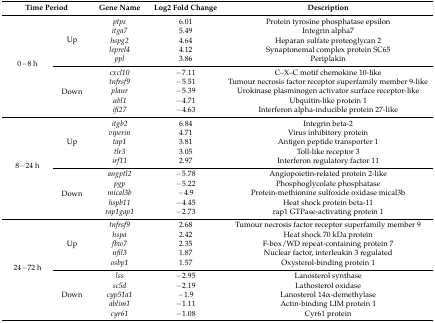
| <COLSPAN=2> Time Period | Gene Name | Log2 Fold Change | Description |
 | --- | --- | --- | --- | --- |
 | <ROWSPAN=10> 0−8 h | <ROWSPAN=5> Up | ptpε | 6.01 | Protein tyrosine phosphatase epsilon |
 | itga7 | 5.49 | Integrin alpha7 |
 | hspg2 | 4.64 | Heparan sulfate proteoglycan 2 |
 | leprel4 | 4.12 | Synaptonemal complex protein SC65 |
 | ppl | 3.86 | Periplakin |
 | <ROWSPAN=5> Down | cxcl10 | −7.11 | C–X–C motif chemokine 10-like |
 | tnfrsf9 | −5.51 | Tumour necrosis factor receptor superfamily member 9-like |
 | plaur | −5.39 | Urokinase plasminogen activator surface receptor-like |
 | ubl1 | −4.71 | Ubquitin-like protein 1 |
 | ifi27 | −4.63 | Interferon alpha-inducible protein 27-like |
 | <ROWSPAN=10> 8−24 h | <ROWSPAN=5> Up | itgb2 | 6.84 | Integrin beta-2 |
 | viperin | 4.71 | Virus inhibitory protein |
 | tap1 | 3.81 | Antigen peptide transporter 1 |
 | tlr3 | 3.05 | Toll-like receptor 3 |
 | irf11 | 2.97 | Interferon regulatory factor 11 |
 | <ROWSPAN=5> Down | angptl2 | −5.78 | Angiopoietin-related protein 2-like |
 | pgp | −5.22 | Phosphoglycolate phosphatase |
 | mical3b | −4.9 | Protein-methionine sulfoxide oxidase mical3b |
 | hspb11 | −4.45 | Heat shock protein beta-11 |
 | rap1gap1 | −2.73 | rap1 GTPase-activating protein 1 |
 | <ROWSPAN=10> 24−72 h | <ROWSPAN=5> Up | tnfrsf9 | 2.68 | Tumour necrosis factor receptor superfamily member 9 |
 | hspa | 2.42 | Heat shock 70 kDa protein |
 | fbw7 | 2.35 | F-box/WD repeat-containing protein 7 |
 | nfil3 | 1.87 | Nuclear factor, interleukin 3 regulated |
 | osbp1 | 1.57 | Oxysterol-binding protein 1 |
 | <ROWSPAN=5> Down | lss | −2.95 | Lanosterol synthase |
 | sc5d | −2.19 | Lathosterol oxidase |
 | cyp51a1 | −1.9 | Lanosterol 14α-demethylase |
 | ablim1 | −1.11 | Actin-binding LIM protein 1 |
 | cyr61 | −1.08 | Cyr61 protein |